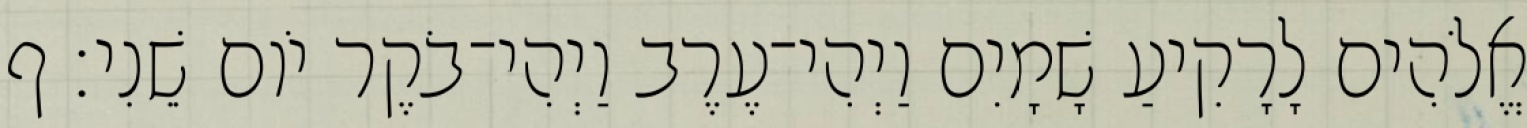
אֱלֹהִים לָרָקִיעַ שָׁמָיִם וַיְהִי־עֶרֶב וַיְהִי־בֹקֶר יֹום שֵׁנִי׃ ף